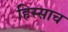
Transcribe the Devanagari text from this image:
हिस्साच